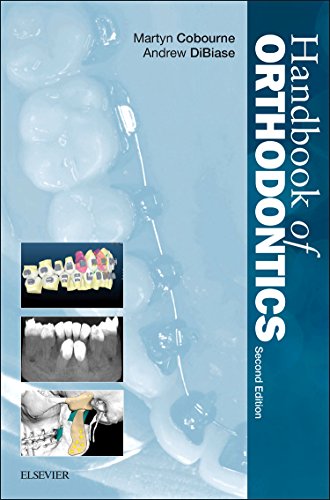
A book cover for Handbook of Orthodontics, 2e; Martyn T. Cobourne BDS(Hons)  FDSRCS(Eng)  FDSRCS(Edin)  MSc  MOrth RCS(Eng)  FDSOrth RCS  PhD  FHEA; Medical Books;